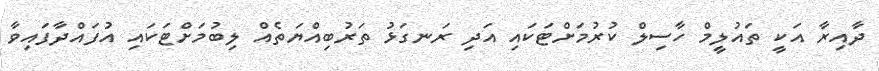
ދާއިރާ އަކީ ތައުލީމް ހާސިލް ކުރުމަށްޓަކައި އަދި ރަނގަޅު ތަރުބިއްޔަތެއް ލިބުމަށްޓަކައި އުފައްދާފައިވާ